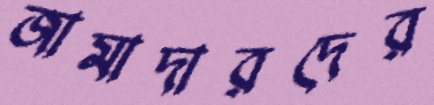
জামাদারদের